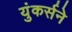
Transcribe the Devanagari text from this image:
युंकर्सने